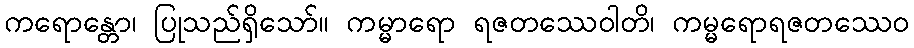
ကရောန္တော၊ ပြုသည်ရှိသော်။ ကမ္မာရော ရဇတဿေဝါတိ၊ ကမ္မရောရဇတဿေဝ